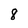
Character: 8